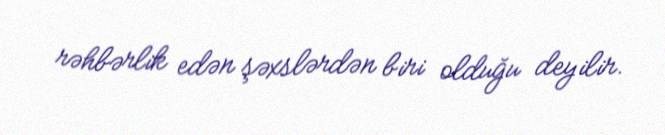
rəhbərlik edən şəxslərdən biri olduğu deyilir.